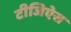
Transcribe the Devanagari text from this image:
टीजिऐस